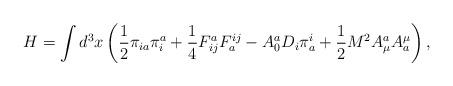
LaTeX: \begin{align*}H=\int d^3x\left( \frac 12\pi _{ia}\pi _i^a+\frac14F_{ij}^aF_a^{ij}-A_0^aD_i\pi _a^i+\frac 12M^2A_\mu ^aA_a^\mu \right) ,\end{align*}